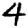
Digit: 4